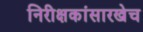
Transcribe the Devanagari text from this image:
निरीक्षकांसारखेच